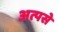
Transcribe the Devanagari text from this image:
अत्पसे